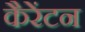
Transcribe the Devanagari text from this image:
कैरेंटन